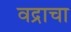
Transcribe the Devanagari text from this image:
वद्राचा